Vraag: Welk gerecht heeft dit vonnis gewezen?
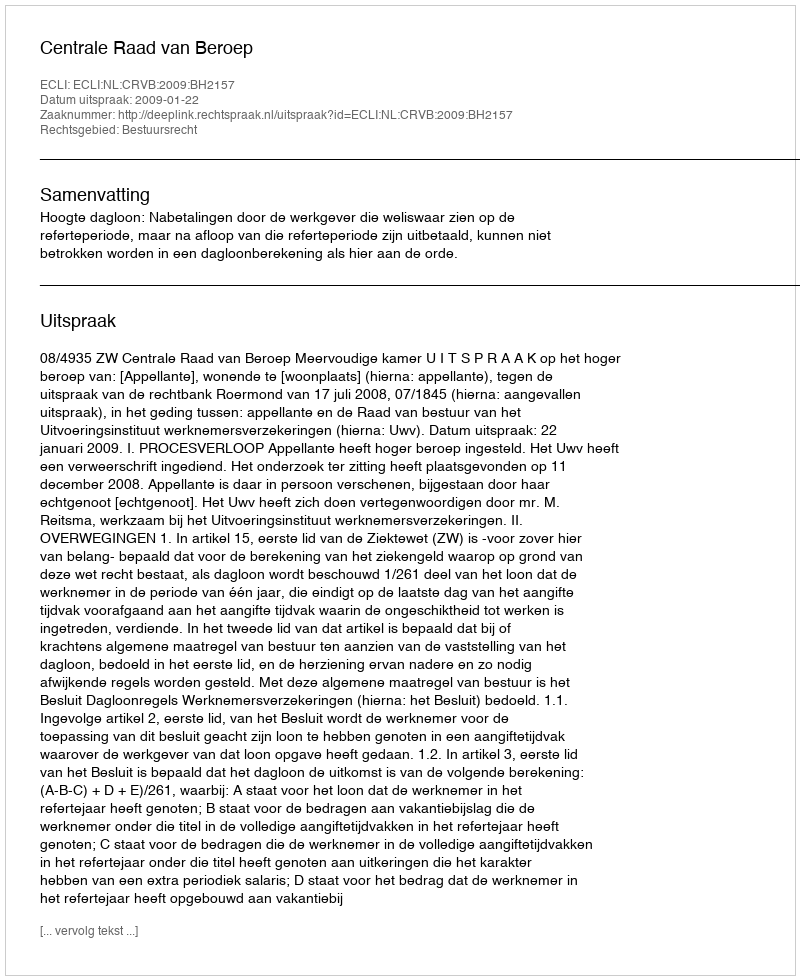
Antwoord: Centrale Raad van Beroep